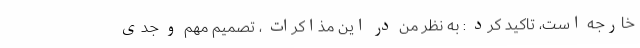
خارجه است، تاکید کرد : به نظر من در این مذاکرات ، تصمیم مهم و جدی